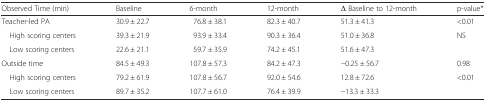
<table><thead><tr><td><b>Observed Time (min)</b></td><td><b>Baseline</b></td><td><b>6-month</b></td><td><b>12-month</b></td><td><b>Δ Baseline to 12-month</b></td><td><b>p-value*</b></td></tr></thead><tbody><tr><td>Teacher-led PA</td><td>30.9 ± 22.7</td><td>76.8 ± 38.1</td><td>82.3 ± 40.7</td><td>51.3 ± 41.3</td><td>&lt;0.01</td></tr><tr><td> High scoring centers</td><td>39.3 ± 21.9</td><td>93.9 ± 33.4</td><td>90.3 ± 36.4</td><td>51.0 ± 36.8</td><td rowspan="2">NS</td></tr><tr><td> Low scoring centers</td><td>22.6 ± 21.1</td><td>59.7 ± 35.9</td><td>74.2 ± 45.1</td><td>51.6 ± 47.3</td></tr><tr><td>Outside time</td><td>84.5 ± 49.3</td><td>107.8 ± 57.3</td><td>84.2 ± 47.3</td><td>−0.25 ± 56.7</td><td>0.98</td></tr><tr><td> High scoring centers</td><td>79.2 ± 61.9</td><td>107.8 ± 56.7</td><td>92.0 ± 54.6</td><td>12.8 ± 72.6</td><td rowspan="2">&lt;0.01</td></tr><tr><td> Low scoring centers</td><td>89.7 ± 35.2</td><td>107.7 ± 61.0</td><td>76.4 ± 39.9</td><td>−13.3 ± 33.3</td></tr></tbody></table>